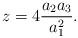
LaTeX: \begin{align*}z= 4 \frac {a_2 a_3}{a_1^2}.\end{align*}